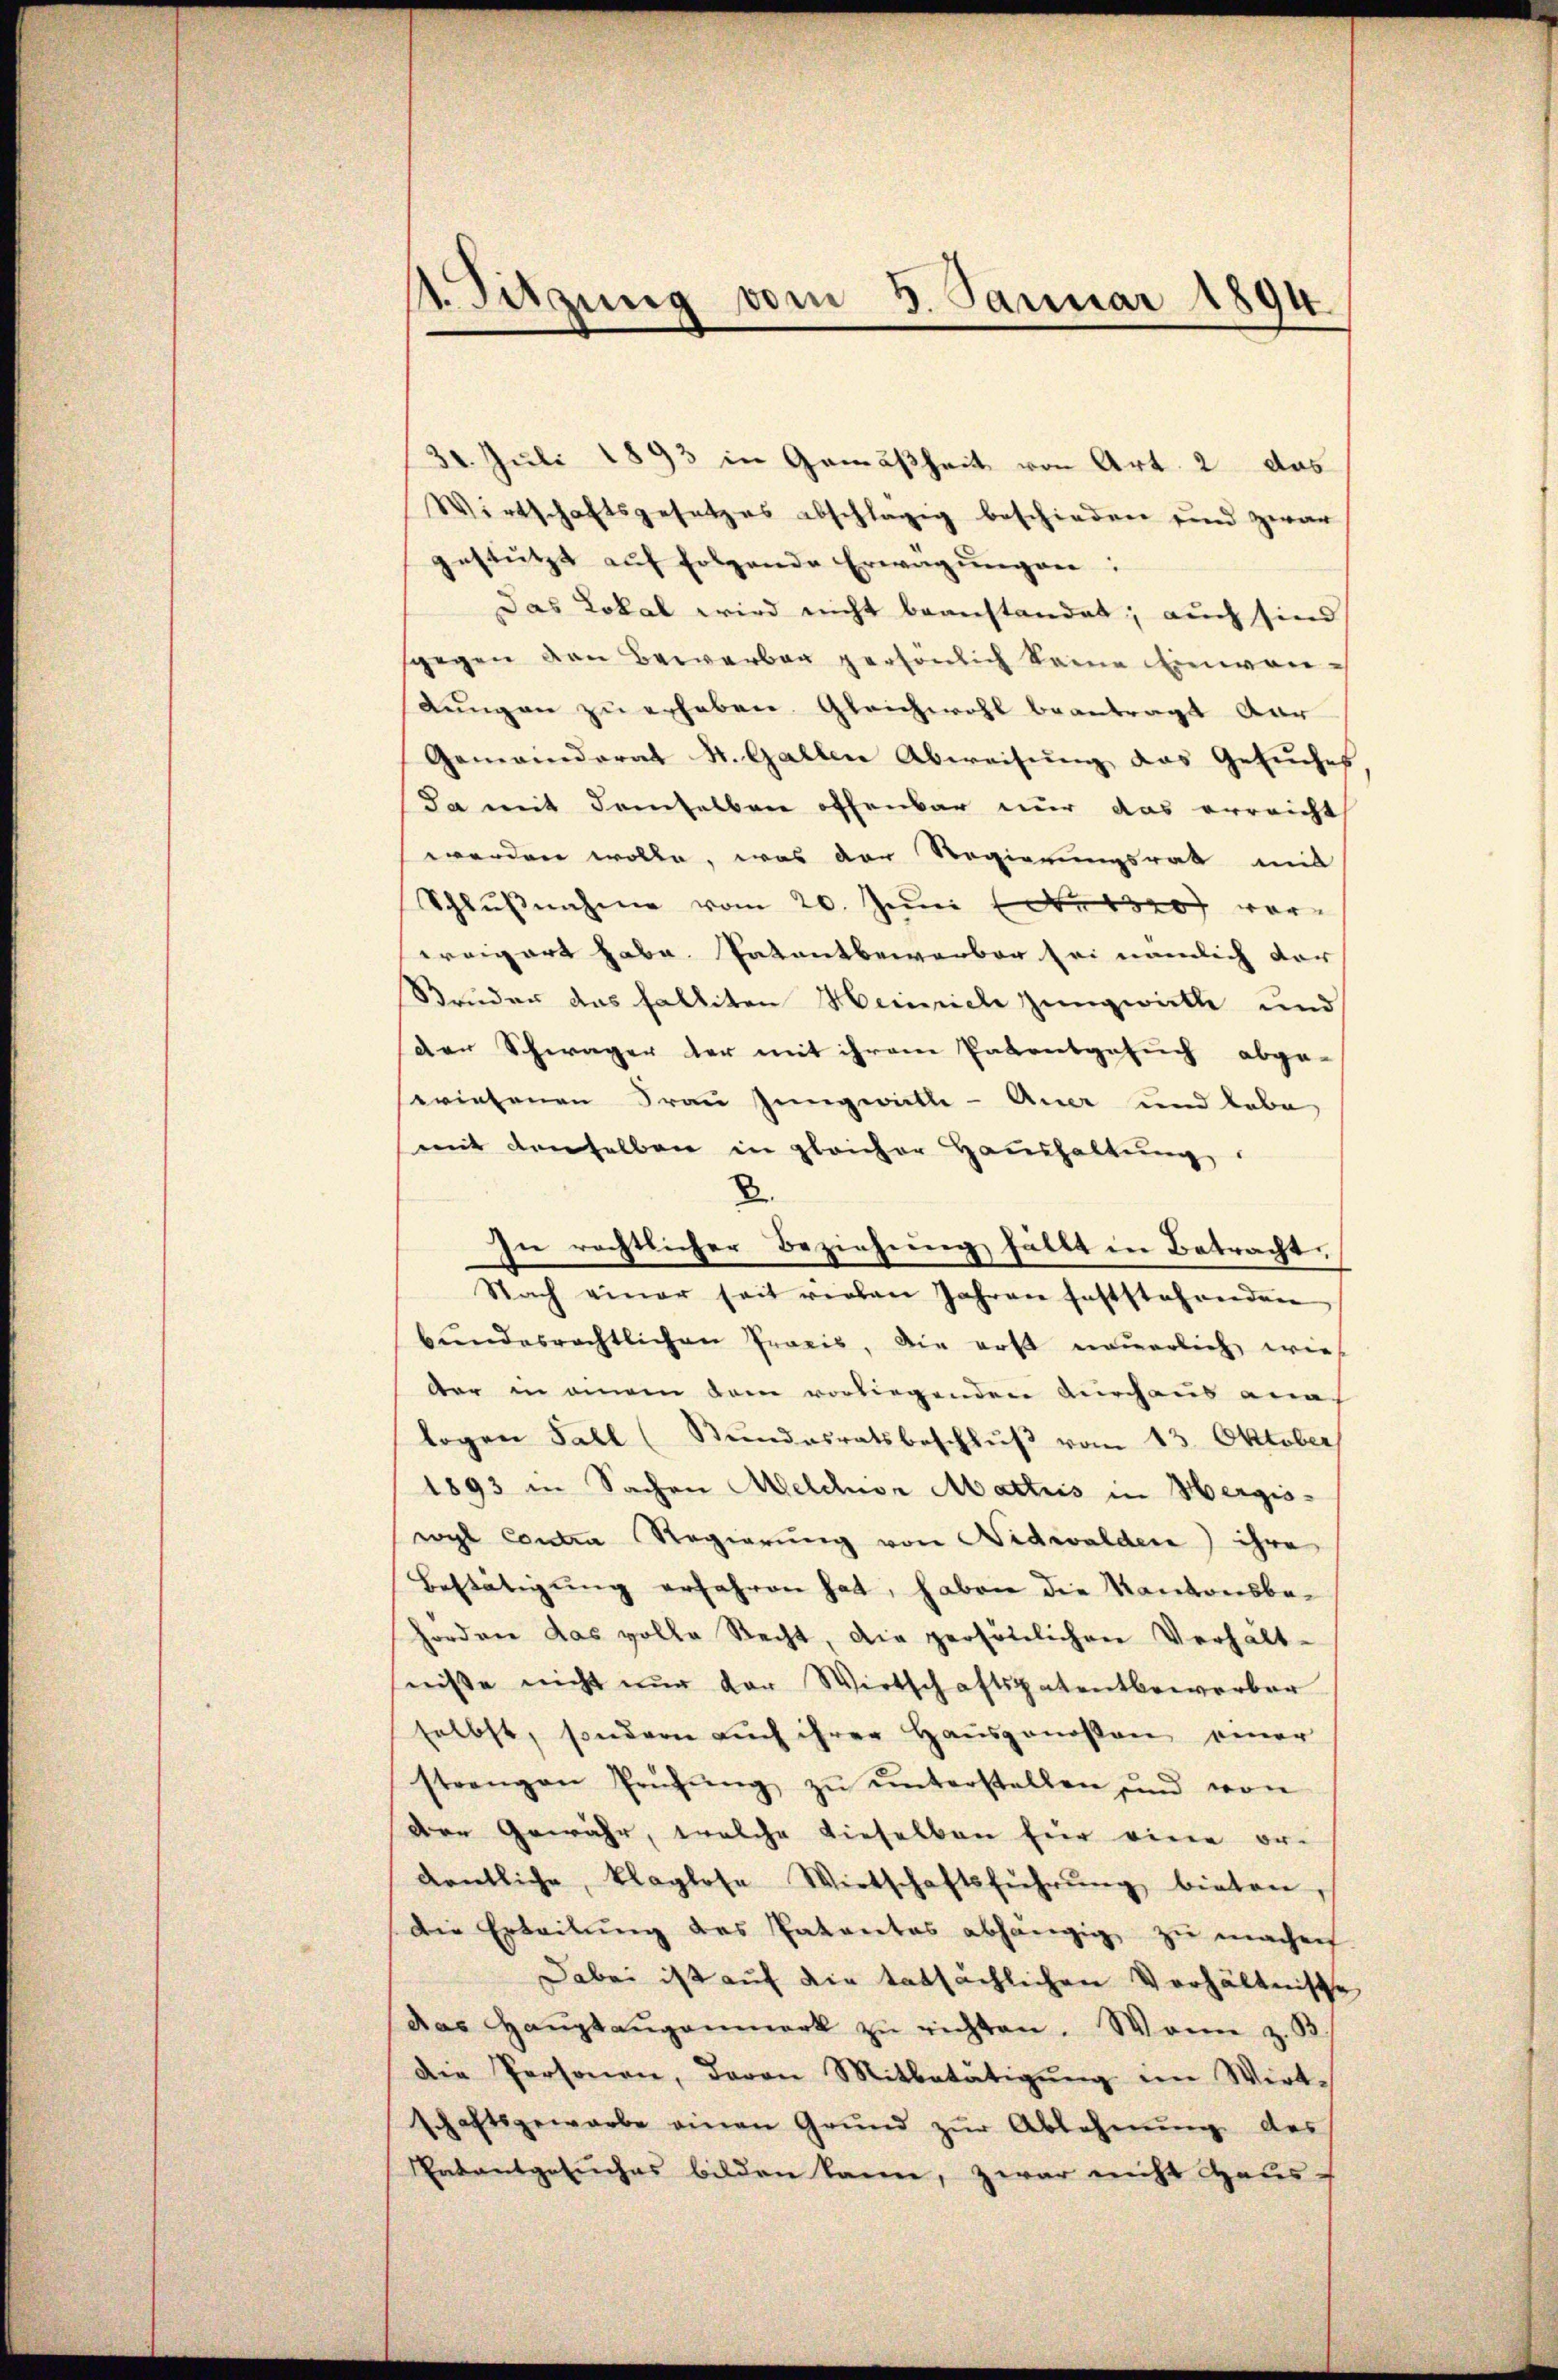
1. Sitzung vom 5. Januar 1894

30. Juli 1893 in Gemäßheit von Art. 2 das
Wirtschaftsgesetzes abschlägig beschieden und zwar
gestützt aŭf folgende Erwägŭngen:
Das Lokal wird nicht beanstandet; auch sind
gegen den Bewerben persönlich keine Einwan-
Lungen zu erhaben. Gleichwohl beantragt Aar
Gemeinderat St. Gallen Abweisung das Gesuches
da mit demselben offenbar nur das erreicht
werden wolle, was der Regierungsrat mit
Schlŭβnahme vom 20. Juni 1850 vorereigert habe. Patentbewerber sei nämlich der
Struder das Falliten Heinrich zungwirkte und
der Schwager der mit ihrem Patentgesuch abge-
wiesenen Frau Jungwitte - Auer und habe
mit denselben in gleicher Haushaltung.
8.
In rechtlicher Beziehung fällt in Betracht,
Nach einer seit vielen Jahren feststehrenden
bŭndesrechtlichen Praxis, die erst neŭerlich wie
dar in einen dem vorliegenden durchaus ana
logen Fall (Stŭndesratsbeschlŭβ vom 13. Oktober
1893 in Sachen Melduor Martiis in Hergiowyl Contra Regierung von Nidwalden) ihre
Bestätigung erfahren hat, haben die Kantonsbehorden das volle Recht, die persönlichen Verhält-
fniße nicht nur der Wirtschaftspatentbewerber
selbst, sondern auch ihrer Hausgenossen einer
strengen Prüfŭng zŭ ŭnterstellen und von
Der Gewähr, welche dieselben für einen ordentliche, klaglose Wirtschaftsführŭng bieten,
Die Erteilŭng des Patentes abhängig zu machen.
Dabei ist auf die tatsächlichen Verhältnisse
das Haŭptaŭgenmerk zŭ richten. Wenn z. B.
Die Personen, davon Mitbetätigŭng im Wirt-
schaftsgewarbe einen Grŭnd zŭr Ablehnŭng des
atantgesuches bilden kann, zwar nicht Haus-